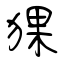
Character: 猓